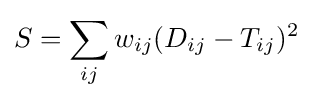
S=\sum _{ij}w_{ij}(D_{ij}-T_{ij})^{2}